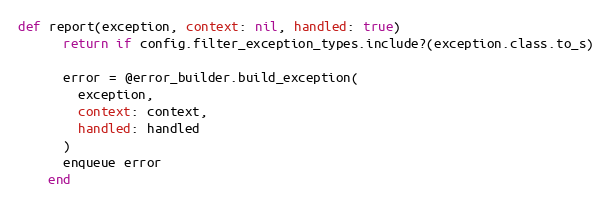
Language: Ruby
def report(exception, context: nil, handled: true)
      return if config.filter_exception_types.include?(exception.class.to_s)

      error = @error_builder.build_exception(
        exception,
        context: context,
        handled: handled
      )
      enqueue error
    end